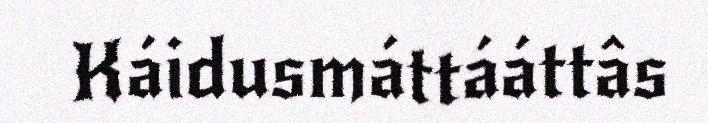
Káidusmáttááttâs